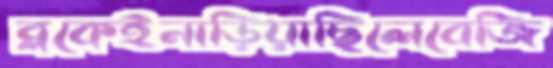
ব্লকেইনাড়িয়াছিলেবেজি